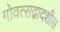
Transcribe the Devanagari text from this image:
गोवत्सद्वादशीस